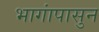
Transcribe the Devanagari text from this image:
भागांपासुन